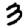
Digit: 3